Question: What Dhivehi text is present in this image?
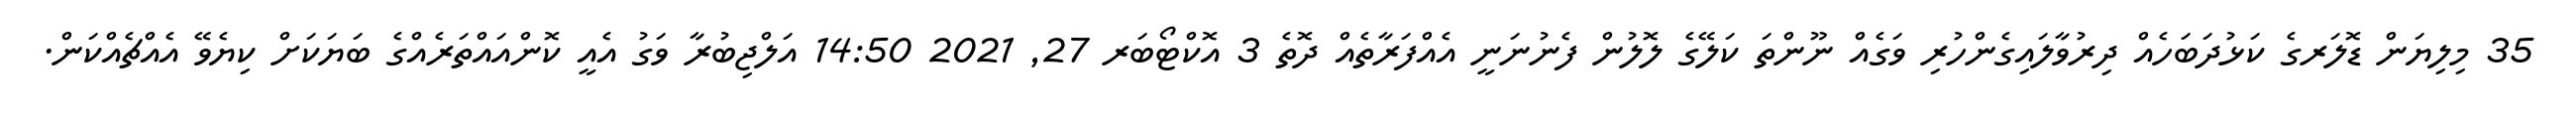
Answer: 35 މިލިޔަން ޑޮލަރގެ ކަޅުދަބަހެއް ދިރުވާލައިގެންހުރި ވަގެއް ނޫންތަ ކަލޭގެ ލޮލުން ފެނުނަނީ އެއްފަރާތެއް ދޮތެ 3 އޮކްޓޯބަރ 27, 2021 14:50 އަލްޖިބުރާ ވަގު އެއީ ކޮންއައްތަރެއްގެ ބަޔަކަށް ކިޔެވޭ އެއްޗެއްކަން.